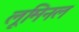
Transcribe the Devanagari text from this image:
लूमिनल